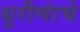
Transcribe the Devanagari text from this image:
धुरीणांचे